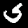
Label: 5